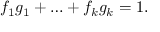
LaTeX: f _ { 1 } g _ { 1 } + \ldots + f _ { k } g _ { k } = 1 .